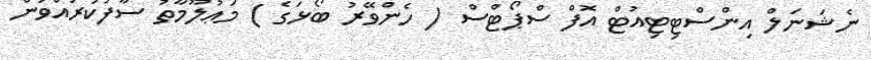
ނެޝަނަލް އިންސްޓިޓިއުޓް އޮފް ސްޕޯޓްސް ( ހެންވޭރު ބޯޅަގެ ) މަޢުލޫމާތު ސާފުކުރައްވަން